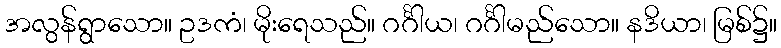
အလွန်ရွာသော။ ဥဒကံ၊ မိုးရေသည်။ ဂင်္ဂါယ၊ ဂင်္ဂါမည်သော။ နဒိယာ၊ မြစ်၌။